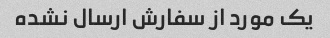
یک مورد از سفارش ارسال نشده